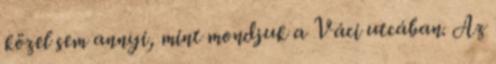
közel sem annyi, mint mondjuk a Váci utcában. Az